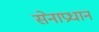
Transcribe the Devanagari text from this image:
सेनाप्रधान